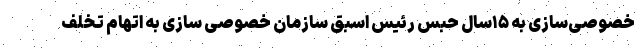
خصوصی‌سازی به ۱۵سال حبس رئیس اسبق سازمان خصوصی سازی به اتهام تخلف